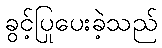
ခွင့်ပြုပေးခဲ့သည်